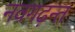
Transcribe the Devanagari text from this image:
नवगढ़न्त